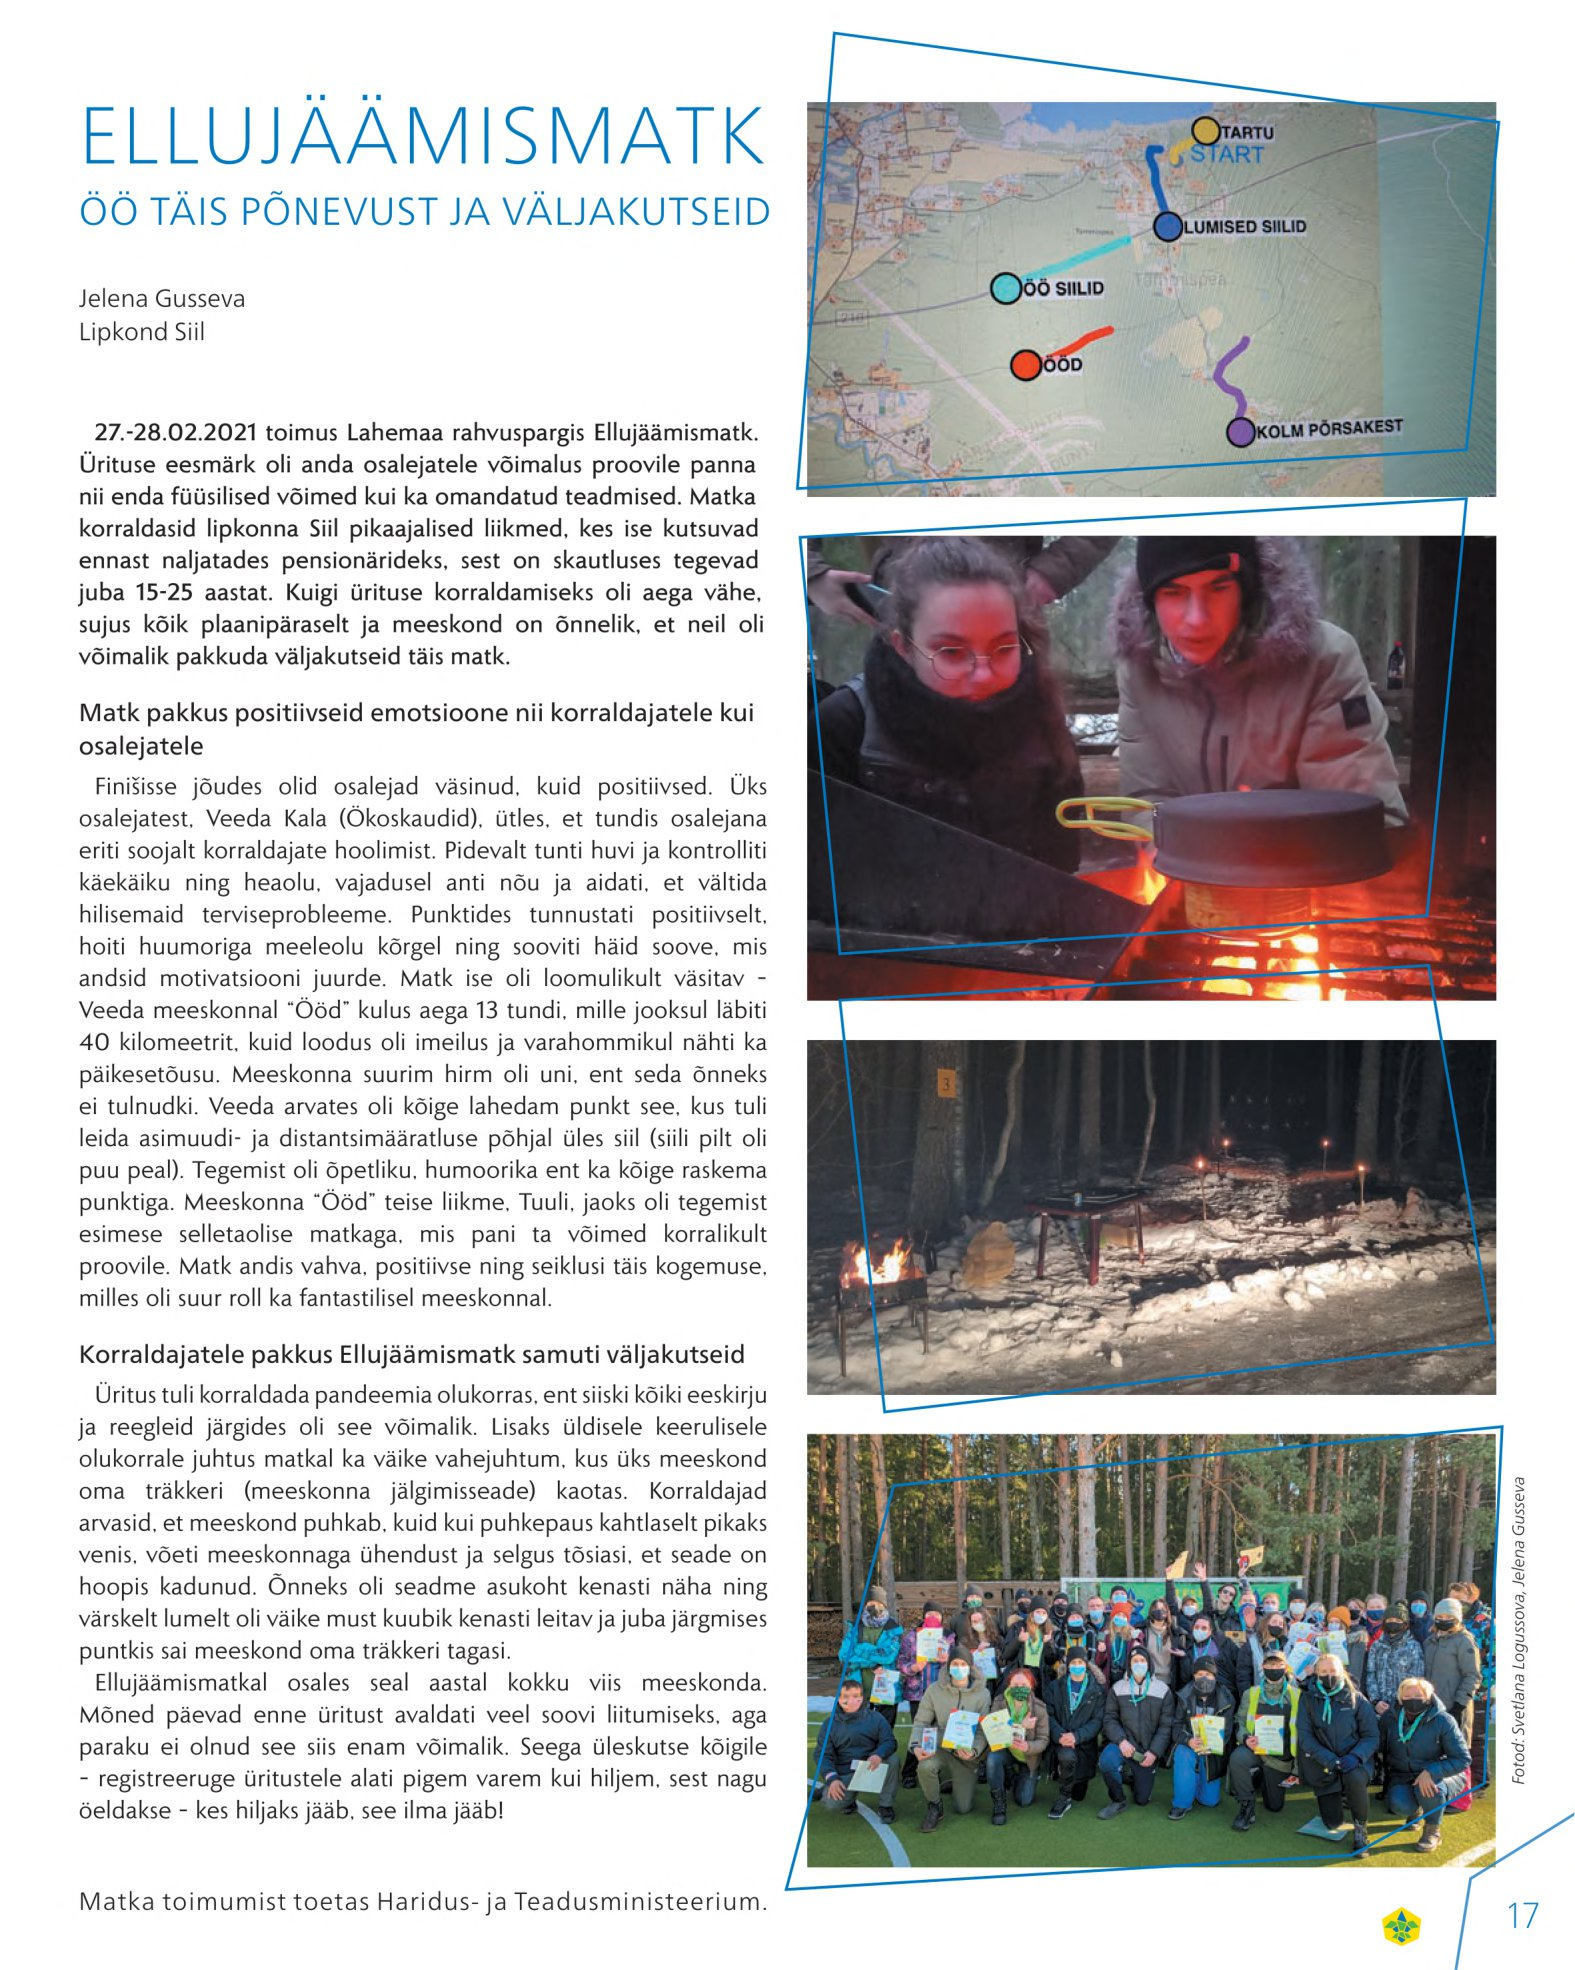
Language: et